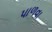
પાળવા